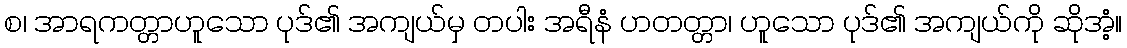
စ၊ အာရကတ္တာဟူသော ပုဒ်၏ အကျယ်မှ တပါး အရီနံ ဟတတ္တာ၊ ဟူသော ပုဒ်၏ အကျယ်ကို ဆိုအံ့။